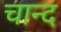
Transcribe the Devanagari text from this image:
चान्‍द